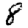
Digit: 8